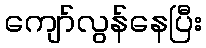
ကျော်လွန်နေပြီး